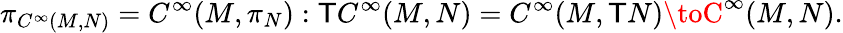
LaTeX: \pi_{C^{\infty}(M,N)}=C^{\infty}(M,\pi_{N}):\mathsf{T}C^{\infty}(M,N)=C^{\infty}(M,\mathsf{T}N)\toC^{\infty}(M,N).